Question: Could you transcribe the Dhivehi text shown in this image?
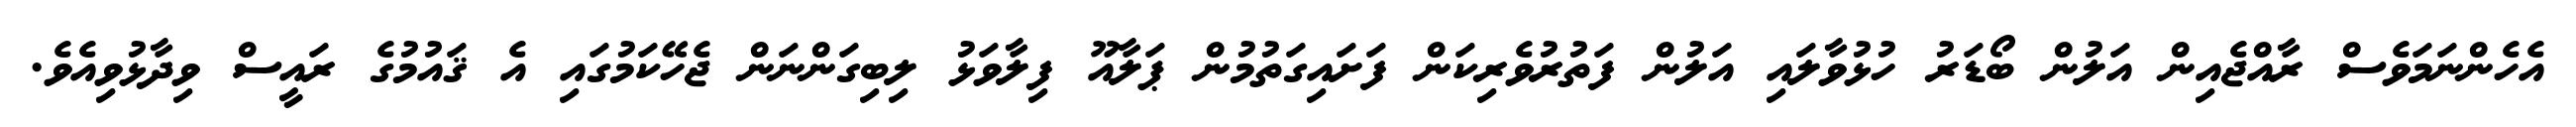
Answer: އެހެންނަމަވެސް ރާއްޖެއިން އަލުން ބޯޑަރު ހުޅުވާލައި އަލުން ފަތުރުވެރިކަން ފަށައިގަތުމުން ޕަލާއޫ ފިލާވަޅު ލިބިގަންނަން ޖެހޭކަމުގައި އެ ޤައުމުގެ ރައީސް ވިދާޅުވިއެވެ.